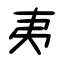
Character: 夷